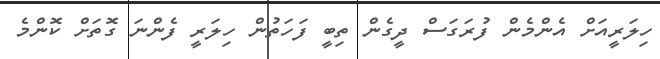
ހިލަރީއަށް އެންމެން ފުރަގަސް ދީގެން ތިބީ ފަހަތުން ހިލަރީ ފެންނަ ގޮތަށް ކޮންމެ